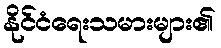
နိုင်ငံရေးသမားများ၏